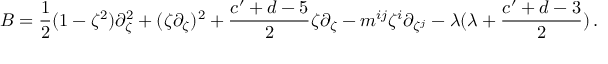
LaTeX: B = \frac { 1 } { 2 } ( 1 - \zeta ^ { 2 } ) \partial _ { \zeta } ^ { 2 } + ( \zeta \partial _ { \zeta } ) ^ { 2 } + \frac { c ^ { \prime } + d - 5 } { 2 } \zeta \partial _ { \zeta } - m ^ { i j } \zeta ^ { i } \partial _ { \zeta ^ { j } } - \lambda ( \lambda + \frac { c ^ { \prime } + d - 3 } { 2 } ) \, .